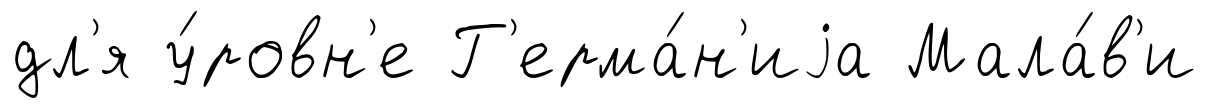
дл'я у́ровн'е Г'ерма́н'иjа Мала́в'и